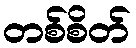
တစ်စိတ်